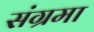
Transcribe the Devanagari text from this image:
संग्रमा